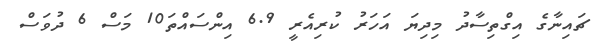
ޗައިނާގެ އިގްތިސާދު މިދިޔަ އަހަރު ކުރިއެރީ 6.9 އިންސައްތަ10 މަސް 6 ދުވަސް